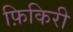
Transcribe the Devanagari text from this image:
फ़िकिरी